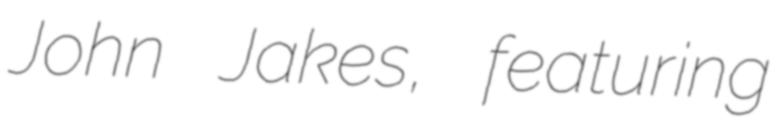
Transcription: John Jakes, featuring